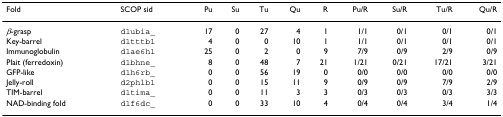
<table><thead><tr><td><b>Fold</b></td><td><b>SCOP sid</b></td><td><b>Pu</b></td><td><b>Su</b></td><td><b>Tu</b></td><td><b>Qu</b></td><td><b>R</b></td><td><b>Pu/R</b></td><td><b>Su/R</b></td><td><b>Tu/R</b></td><td><b>Qu/R</b></td></tr></thead><tbody><tr><td><i>β</i>-grasp</td><td>d1ubia_</td><td>17</td><td>0</td><td>27</td><td>4</td><td>1</td><td>1/1</td><td>0/1</td><td>0/1</td><td>0/1</td></tr><tr><td>Key-barrel</td><td>d1tttb1</td><td>4</td><td>0</td><td>0</td><td>10</td><td>1</td><td>1/1</td><td>0/1</td><td>0/1</td><td>0/1</td></tr><tr><td>Immunoglobulin</td><td>d1ae6h1</td><td>25</td><td>0</td><td>2</td><td>0</td><td>9</td><td>7/9</td><td>0/9</td><td>2/9</td><td>0/9</td></tr><tr><td>Plait (ferredoxin)</td><td>d1bhne_</td><td>8</td><td>0</td><td>48</td><td>7</td><td>21</td><td>1/21</td><td>0/21</td><td>17/21</td><td>3/21</td></tr><tr><td>GFP-like</td><td>d1h6rb_</td><td>0</td><td>0</td><td>56</td><td>19</td><td>0</td><td>0/0</td><td>0/0</td><td>0/0</td><td>0/0</td></tr><tr><td>Jelly-roll</td><td>d2phlb1</td><td>0</td><td>0</td><td>15</td><td>11</td><td>9</td><td>0/9</td><td>0/9</td><td>7/9</td><td>2/9</td></tr><tr><td>TIM-barrel</td><td>d1tima_</td><td>0</td><td>0</td><td>11</td><td>3</td><td>3</td><td>0/3</td><td>0/3</td><td>0/3</td><td>3/3</td></tr><tr><td>NAD-binding fold</td><td>d1f6dc_</td><td>0</td><td>0</td><td>33</td><td>10</td><td>4</td><td>0/4</td><td>0/4</td><td>3/4</td><td>1/4</td></tr></tbody></table>